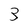
Character: 3